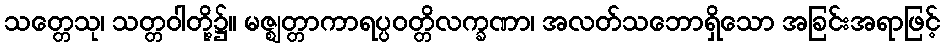
သတ္တေသု၊ သတ္တဝါတို့၌။ မဇ္ဈတ္တာကာရပ္ပဝတ္တိလက္ခဏာ၊ အလတ်သဘောရှိသော အခြင်းအရာဖြင့်